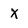
Character: X